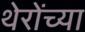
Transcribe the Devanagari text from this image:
थेरोंच्या